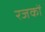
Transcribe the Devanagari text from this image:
रजकों